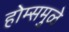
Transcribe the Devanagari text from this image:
होम्समुळे